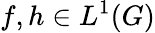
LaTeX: f,h\in L^{1}(G)